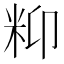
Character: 𥸾